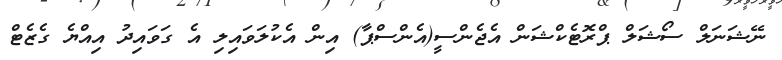
ނޭޝަނަލް ސޯޝަލް ޕްރޮޓެކްޝަން އެޖެންސީ(އެންސްޕާ) އިން އެކުލަވައިލި އެ ގަވައިދު އިއްޔެ ގެޒެޓް